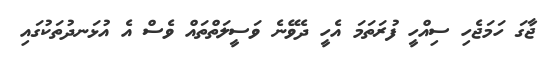
ޖާގަ ހަމަޖެހި ސިއްހީ ފުރަތަމަ އެހީ ދެވޭނެ ވަސީލަތްތައް ވެސް އެ އުޅަނދުތަކުގައި